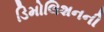
ડિમોલિશનની